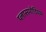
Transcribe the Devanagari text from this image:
प्लासमोडियम